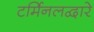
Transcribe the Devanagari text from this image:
टर्मिनलद्वारे